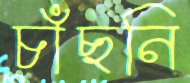
চাঁছনি